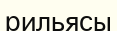
рильясы